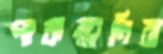
পাকস্তানিরা